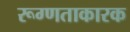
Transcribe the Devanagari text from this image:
रूग्णताकारक